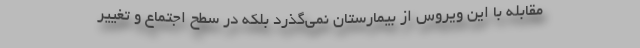
مقابله با این ویروس از بیمارستان نمی‌گذرد بلکه در سطح اجتماع و تغییر